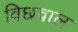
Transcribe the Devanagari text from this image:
विछवाल